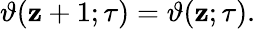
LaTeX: \vartheta(\mathbf{z}+1;\tau)=\vartheta(\mathbf{z};\tau).